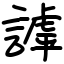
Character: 謼